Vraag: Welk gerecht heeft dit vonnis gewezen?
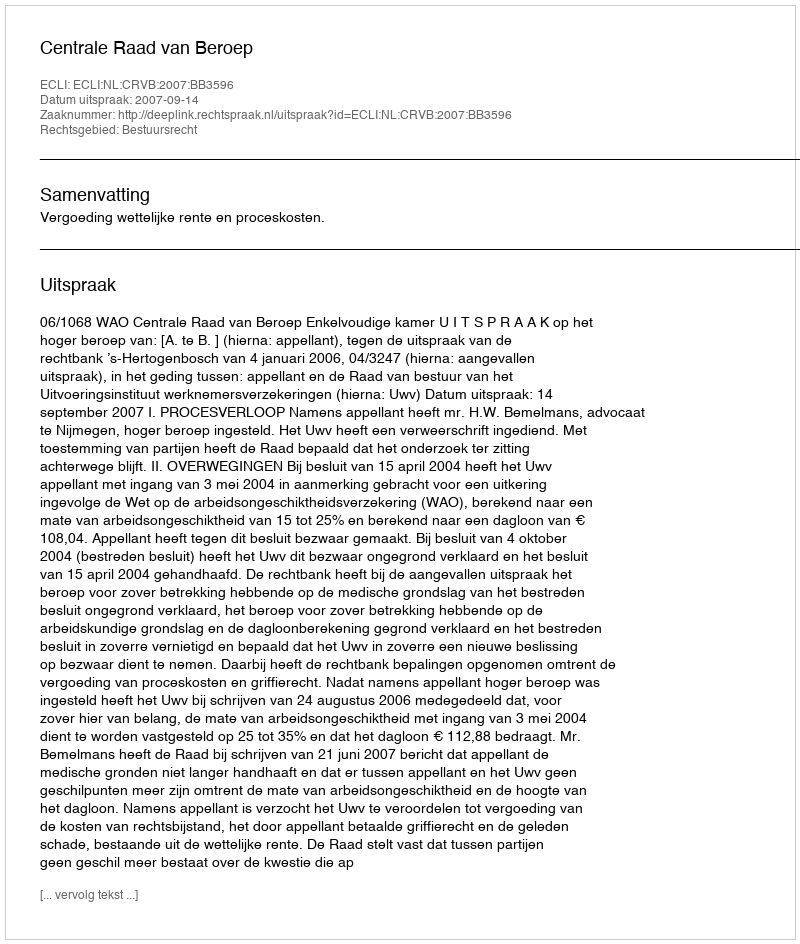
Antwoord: Centrale Raad van Beroep